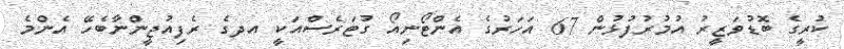
ކުރީގެ ބޮޑުވަޒީރު އުމުރުފުޅުން 67 އަހަރުގެ އެންޓޯނިއޯ ގުޓަރެސްއަކީ އދގެ ރެފިއުޖީންނާބެހޭ އެންމެ